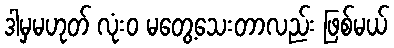
ဒါမှမဟုတ် လုံးဝ မတွေ့သေးတာလည်း ဖြစ်မယ်